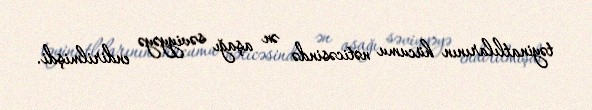
təyinatlılarının hücumu nəticəsində ən aşağı səviyyəyə endirilmişdi.